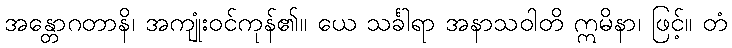
အန္တောဂတာနိ၊ အကျုံးဝင်ကုန်၏။ ယေ သင်္ခါရာ အနာသဝါတိ ဣမိနာ၊ ဖြင့်။ တံ